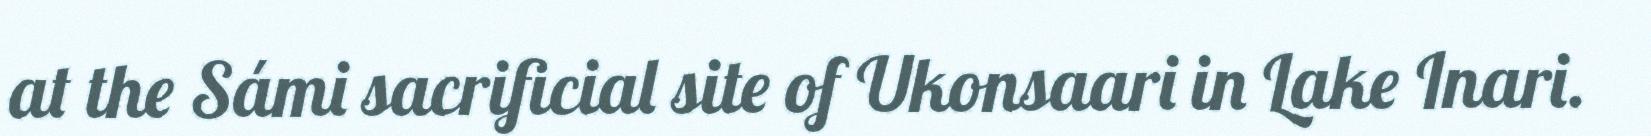
at the Sámi sacrificial site of Ukonsaari in Lake Inari.